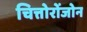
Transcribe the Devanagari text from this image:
चित्तोरोंजोन